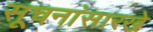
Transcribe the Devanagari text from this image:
सूचनांसारखे